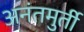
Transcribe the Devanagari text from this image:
अनंतमुर्ती